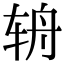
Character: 辀